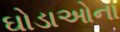
ઘોડાઓના